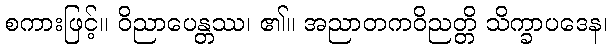
စကားဖြင့်။ ဝိညာပေန္တဿ၊ ၏။ အညာတကဝိညတ္တိ သိက္ခာပဒေန၊